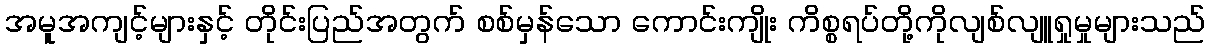
အမူအကျင့်များနှင့် တိုင်းပြည်အတွက် စစ်မှန်သော ကောင်းကျိုး ကိစ္စရပ်တို့ကိုလျစ်လျူရှုမှုများသည်